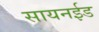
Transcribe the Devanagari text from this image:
सायनईड